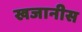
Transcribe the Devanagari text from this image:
खजानीस